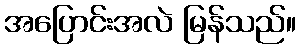
အပြောင်းအလဲ မြန်သည်။